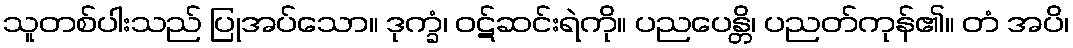
သူတစ်ပါးသည် ပြုအပ်သော။ ဒုက္ခံ၊ ဝဋ်ဆင်းရဲကို။ ပညပေန္တိ၊ ပညတ်ကုန်၏။ တံ အပိ၊